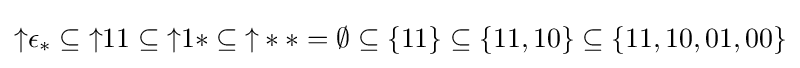
{\uparrow }\epsilon _{*}\subseteq {\uparrow }11\subseteq {\uparrow }1*\subseteq {\uparrow }**=\emptyset \subseteq \{11\}\subseteq \{11,10\}\subseteq \{11,10,01,00\}